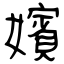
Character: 嬪